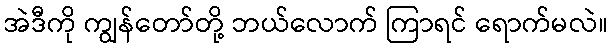
အဲဒီကို ကျွန်တော်တို့ ဘယ်လောက် ကြာရင် ရောက်မလဲ။